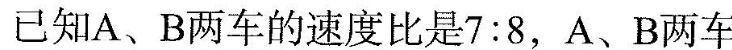
已知A、B两车的速度比是7:8，A、B两车